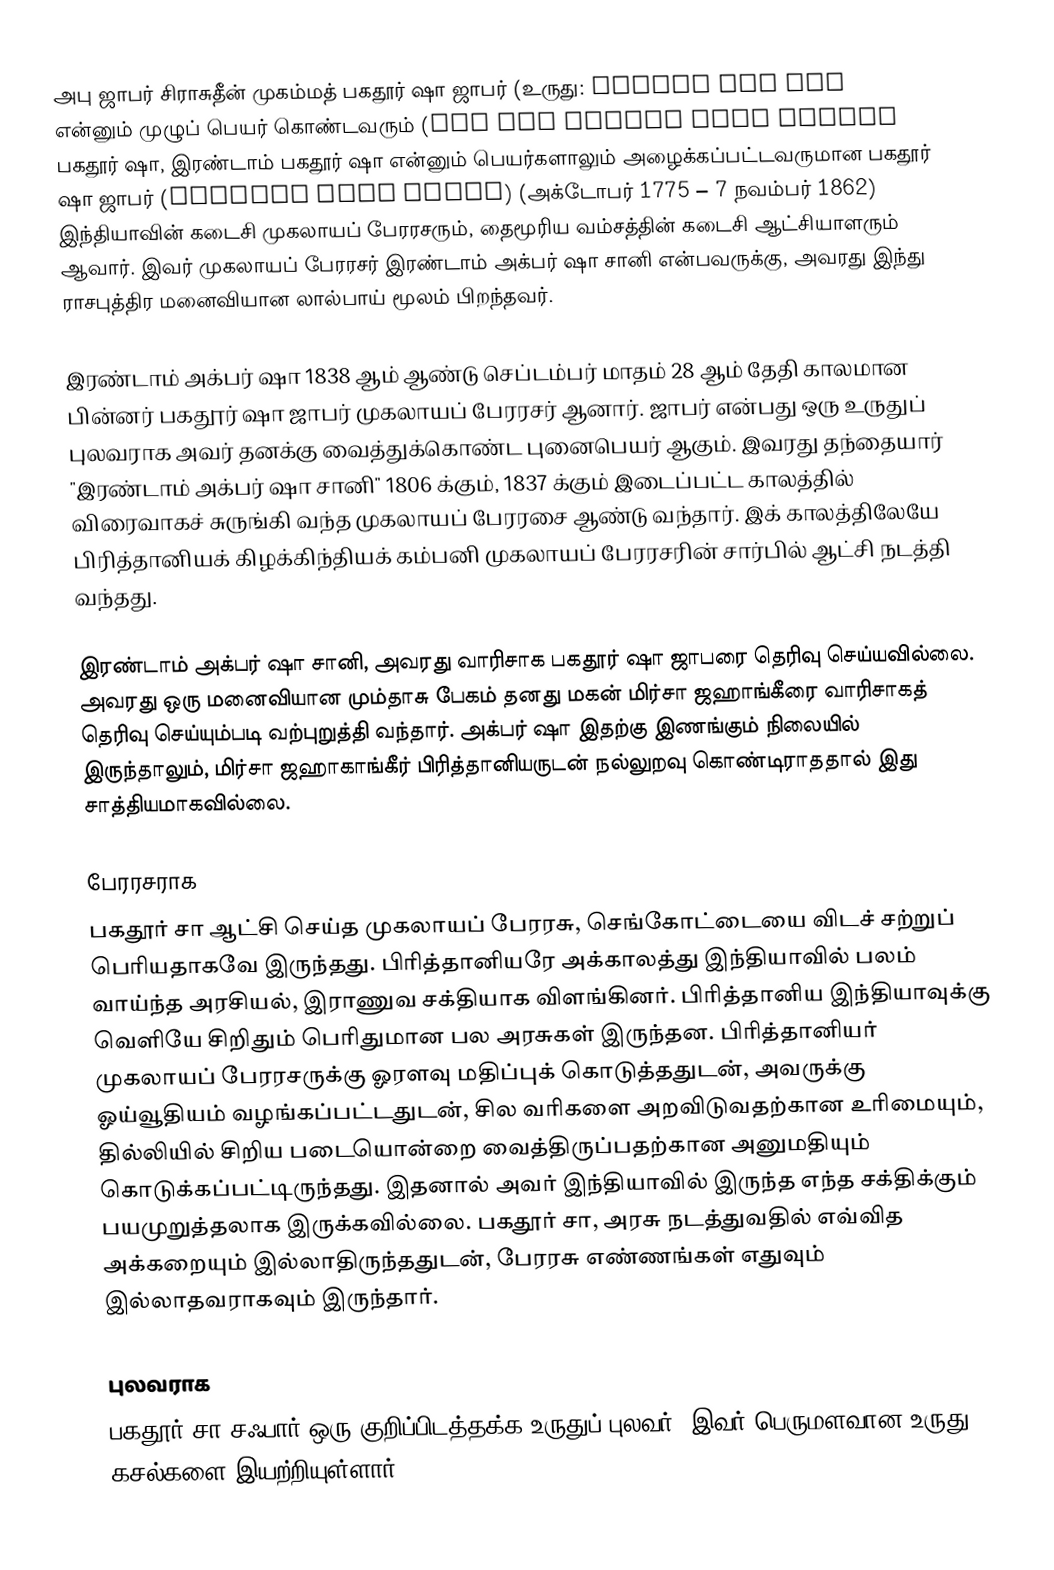
அபு ஜாபர் சிராசுதீன் முகம்மத் பகதூர் ஷா ஜாபர் (உருது: ابو ظفر سِراجُ الْدین محمد بُہادر شاہ ظفر) என்னும் முழுப் பெயர் கொண்டவரும் பகதூர் ஷா, இரண்டாம் பகதூர் ஷா என்னும் பெயர்களாலும் அழைக்கப்பட்டவருமான பகதூர் ஷா ஜாபர் (Bahadur Shah Zafar) (அக்டோபர் 1775  – 7 நவம்பர் 1862) இந்தியாவின் கடைசி முகலாயப் பேரரசரும், தைமூரிய வம்சத்தின் கடைசி ஆட்சியாளரும் ஆவார். இவர் முகலாயப் பேரரசர் இரண்டாம் அக்பர் ஷா சானி என்பவருக்கு, அவரது இந்து ராசபுத்திர மனைவியான லால்பாய் மூலம் பிறந்தவர்.

இரண்டாம் அக்பர் ஷா 1838 ஆம் ஆண்டு செப்டம்பர் மாதம் 28 ஆம் தேதி காலமான பின்னர் பகதூர் ஷா ஜாபர் முகலாயப் பேரரசர் ஆனார். ஜாபர் என்பது ஒரு உருதுப் புலவராக அவர் தனக்கு வைத்துக்கொண்ட புனைபெயர் ஆகும்.  இவரது தந்தையார் "இரண்டாம் அக்பர் ஷா சானி" 1806 க்கும், 1837 க்கும் இடைப்பட்ட காலத்தில் விரைவாகச் சுருங்கி வந்த முகலாயப் பேரரசை ஆண்டு வந்தார். இக் காலத்திலேயே பிரித்தானியக் கிழக்கிந்தியக் கம்பனி முகலாயப் பேரரசரின் சார்பில் ஆட்சி நடத்தி வந்தது.

இரண்டாம் அக்பர் ஷா சானி, அவரது வாரிசாக பகதூர் ஷா ஜாபரை தெரிவு செய்யவில்லை. அவரது ஒரு மனைவியான மும்தாசு பேகம் தனது மகன் மிர்சா ஜஹாங்கீரை வாரிசாகத் தெரிவு செய்யும்படி வற்புறுத்தி வந்தார். அக்பர் ஷா இதற்கு இணங்கும் நிலையில் இருந்தாலும், மிர்சா ஜஹாகாங்கீர் பிரித்தானியருடன் நல்லுறவு கொண்டிராததால் இது சாத்தியமாகவில்லை.

பேரரசராக
பகதூர் சா ஆட்சி செய்த முகலாயப் பேரரசு, செங்கோட்டையை விடச் சற்றுப் பெரியதாகவே இருந்தது. பிரித்தானியரே அக்காலத்து இந்தியாவில் பலம் வாய்ந்த அரசியல், இராணுவ சக்தியாக விளங்கினர். பிரித்தானிய இந்தியாவுக்கு வெளியே சிறிதும் பெரிதுமான பல அரசுகள் இருந்தன. பிரித்தானியர் முகலாயப் பேரரசருக்கு ஓரளவு மதிப்புக் கொடுத்ததுடன், அவருக்கு ஓய்வூதியம் வழங்கப்பட்டதுடன், சில வரிகளை அறவிடுவதற்கான உரிமையும், தில்லியில் சிறிய படையொன்றை வைத்திருப்பதற்கான அனுமதியும் கொடுக்கப்பட்டிருந்தது. இதனால் அவர் இந்தியாவில் இருந்த எந்த சக்திக்கும் பயமுறுத்தலாக இருக்கவில்லை. பகதூர் சா, அரசு நடத்துவதில் எவ்வித அக்கறையும் இல்லாதிருந்ததுடன், பேரரசு எண்ணங்கள் எதுவும் இல்லாதவராகவும் இருந்தார்.

புலவராக
பகதூர் சா சஃபார் ஒரு குறிப்பிடத்தக்க உருதுப் புலவர். இவர் பெருமளவான உருது கசல்களை இயற்றியுள்ளார். 1